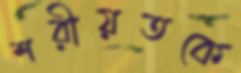
শরীয়তকে